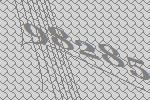
98285